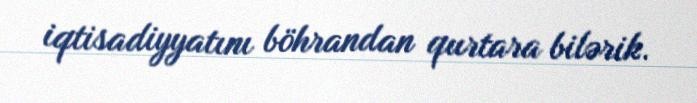
iqtisadiyyatını böhrandan qurtara bilərik.